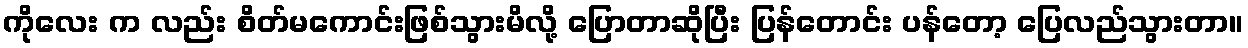
ကိုလေး က လည်း စိတ်မကောင်းဖြစ်သွားမိလို့ ပြောတာဆိုပြီး ပြန်တောင်း ပန်တော့ ပြေလည်သွားတာ။